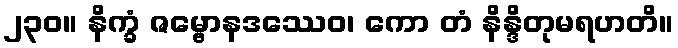
၂၃၀။ နိက္ခံ ဇမ္ဗောနဒဿေဝ၊ ကော တံ နိန္ဒိတုမရဟတိ။